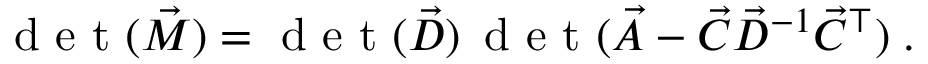
\mathrm { ~ d ~ e ~ t ~ } ( \vec { M } ) = \mathrm { ~ d ~ e ~ t ~ } ( \vec { D } ) \, \mathrm { ~ d ~ e ~ t ~ } ( \vec { A } - \vec { C } \vec { D } ^ { - 1 } \vec { C } ^ { \top } ) \; .